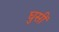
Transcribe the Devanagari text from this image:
घुसीं